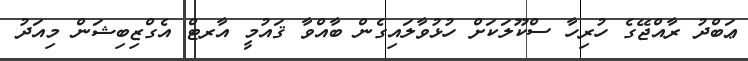
ޢަބްދު ރާއްޖޭގެ ހުރިހާ ސްކޫލަކަށް ހުޅުވާލައިގެން ބާއްވާ ޤައުމީ އާރޓް އެގްޒިބިޝަން މިއަދު